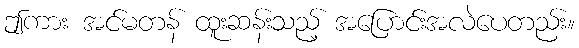
ဤကား အင်မတန် ထူးဆန်းသည့် အပြောင်းအလဲပေတည်း။